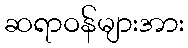
ဆရာဝန်များအား